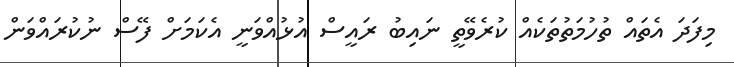
މިފަދަ އެތައް ތުހުމަތުތަކެއް ކުރެވޭތީ ނައިބު ރައީސް އުޅުއްވަނީ އެކަމަށް ފޭސް ނުކުރައްވަން